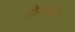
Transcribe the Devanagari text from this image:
चीनीपीक